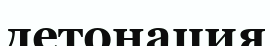
детонация